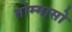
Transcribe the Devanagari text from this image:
तोम्मासो